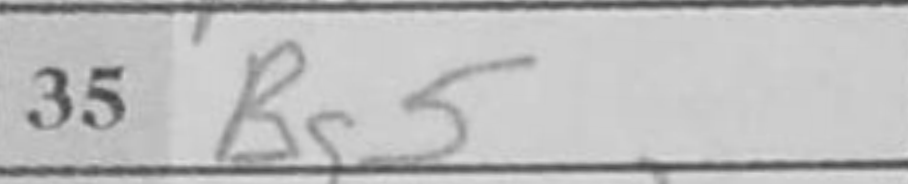
Transcription: Bg5